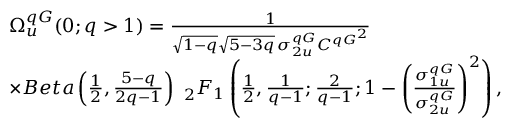
\begin{array} { r l } & { \Omega _ { u } ^ { q G } ( 0 ; q > 1 ) = \frac { 1 } { \sqrt { 1 - q } \sqrt { 5 - 3 q } \, \sigma _ { 2 u } ^ { q G } { C ^ { q G } } ^ { 2 } } } \\ & { \times B e t a \left( \frac { 1 } { 2 } , \frac { 5 - q } { 2 q - 1 } \right) \ _ { 2 } F _ { 1 } \left( \frac { 1 } { 2 } , \frac { 1 } { q - 1 } ; \frac { 2 } { q - 1 } ; 1 - \left( \frac { \sigma _ { 1 u } ^ { q G } } { \sigma _ { 2 u } ^ { q G } } \right) ^ { 2 } \right) , } \end{array}